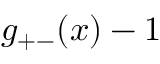
g _ { + - } ( x ) - 1